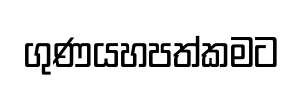
ගුණයහපත්කමට